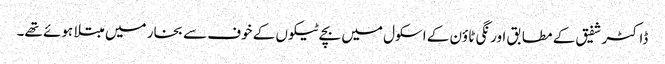
ڈاکٹر شفیق کے مطابق اورنگی ٹاؤن کے اسکول میں بچے ٹیکوں کے خوف سے بخار میں مبتلا ہوئے تھے۔